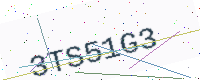
Text: 3TS51G3